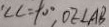
\angle C = 9 0 ^ { \circ } , O E \bot A B